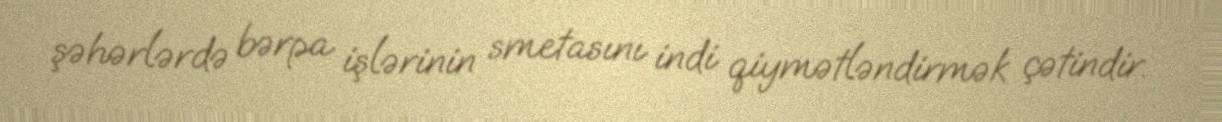
şəhərlərdə bərpa işlərinin smetasını indi qiymətləndirmək çətindir.